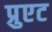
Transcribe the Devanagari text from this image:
प्रुएट